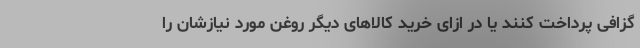
گزافی پرداخت کنند یا در ازای خرید کالاهای دیگر روغن مورد نیازشان را